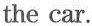
the car.